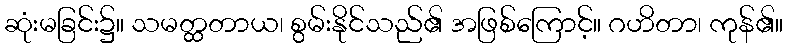
ဆုံးမခြင်း၌။ သမတ္ထတာယ၊ စွမ်းနိုင်သည်၏ အဖြစ်ကြောင့်။ ဂဟိတာ၊ ကုန်၏။